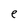
Character: e